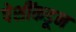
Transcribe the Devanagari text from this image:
पेशींकडून